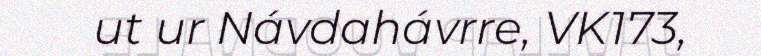
ut ur Návdahávrre, VK173,